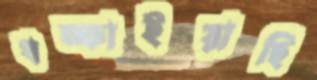
ধম্‌কাইয়াছি